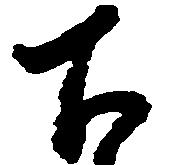
下